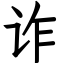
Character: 诈